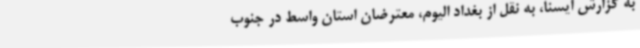
به گزارش ایسنا، به نقل از بغداد الیوم، معترضان استان واسط در جنوب